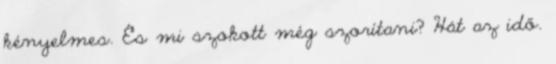
kényelmes. És mi szokott még szorítani? Hát az idő.